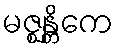
မဇ္ဈန္တိကေ